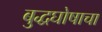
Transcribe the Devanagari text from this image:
बुद्धघोषाचा